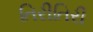
તિરીતિરી